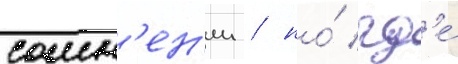
сомн'ен'ии / но́ гд'е́